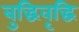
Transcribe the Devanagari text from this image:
बुद्धिवृद्धि